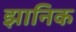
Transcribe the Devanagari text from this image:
झानिक